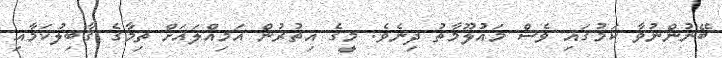
ބޭނުންނުވާ ކަމުގައި ވެސް މައުލޫމާތު ދިނެވެ. މީގެ އިތުރުން އަމިއްލައަށް ތިމާގެ ޤާބިލުކަމާއި